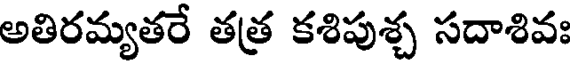
అతిరమ్యతరే తత్ర కశిపుశ్చ సదాశివః